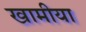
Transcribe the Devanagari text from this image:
खामीया